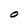
Character: O